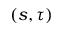
( s , \tau )